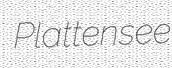
Plattensee